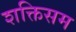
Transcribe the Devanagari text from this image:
शक्तिसम